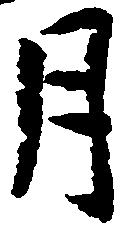
月